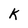
Character: K